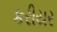
કરીયર